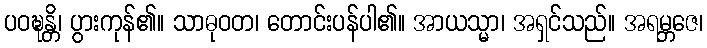
ပဝဍ္ဎန္တိ၊ ပွားကုန်၏။ သာဓုဝတ၊ တောင်းပန်ပါ၏။ အာယသ္မာ၊ အရှင်သည်။ အရမ္ဘဇေ၊